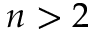
{ n > 2 }